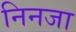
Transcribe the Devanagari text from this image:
निनजा